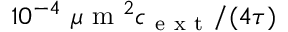
1 0 ^ { - 4 } \mathrm { ~ } \mu \mathrm { ~ m ~ } ^ { 2 } c _ { \mathrm { ~ e ~ x ~ t ~ } } / ( 4 \tau )